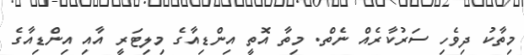
މިތާކު ދިވެހި ސަރުކާރެއް ނެތް. މިތާ އޮތީ އިންޑިއާގެ މިލިޓަރީ އާއި އިންޑިއާގެ